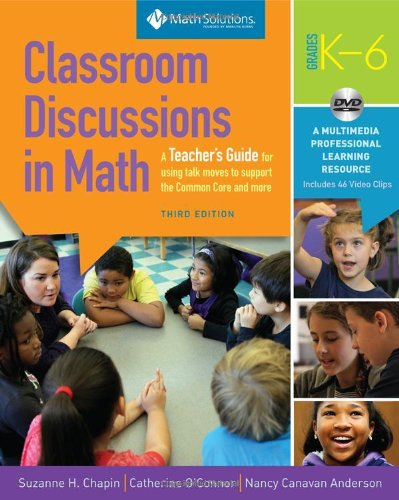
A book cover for Classroom Discussions In Math: A Teacher's Guide for Using Talk Moves to Support the Common Core and More, Grades K-6: A Multimedia Professional Learning Resource, 3rd Edition; Suzanne H. Chapin; Education & Teaching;